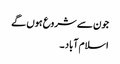
جون سے شروع ہوں گے
اسلام آباد ۔